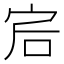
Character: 𡧻